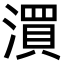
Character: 㵋